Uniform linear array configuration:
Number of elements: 24
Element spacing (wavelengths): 0.25
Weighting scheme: blackman
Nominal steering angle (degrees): -15
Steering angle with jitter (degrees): -16.756
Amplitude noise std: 0.05
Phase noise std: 0.05

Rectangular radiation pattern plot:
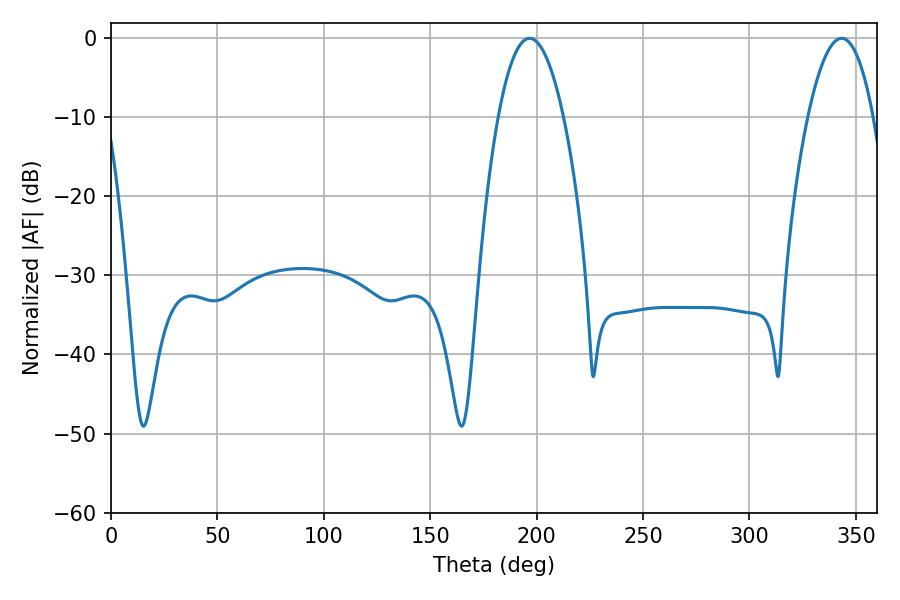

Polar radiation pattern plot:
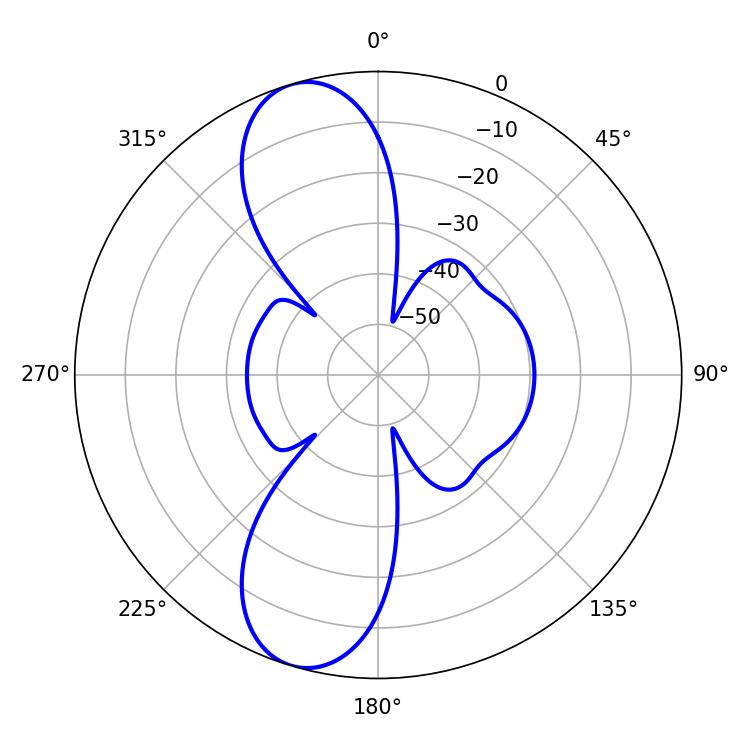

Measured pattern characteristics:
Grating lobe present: FALSE
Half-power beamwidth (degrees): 16.92
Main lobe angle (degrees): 196.74